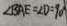
\angle B A E = \angle D = 9 0 ^ { \circ }